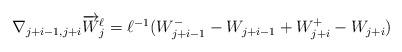
LaTeX: \begin{align*}\begin{aligned}\nabla_{ j + i -1 , j + i } \overrightarrow{ W }^\ell_j = \ell^{ - 1 } ( W^-_{ j + i -1 } - W_{ j + i -1} + W^+_{ j + i } - W_{ j + i } )\end{aligned}\end{align*}